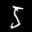
Label: 5